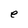
Character: e